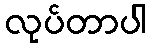
လုပ်တာပါ